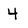
Character: 4